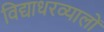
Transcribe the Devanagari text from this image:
विद्याधरव्यालों